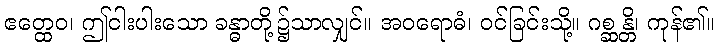
ဧတ္ထေဝ၊ ဤငါးပါးသော ခန္ဓာတို့၌သာလျှင်။ အဝရောဓံ၊ ဝင်ခြင်းသို့။ ဂစ္ဆန္တိ၊ ကုန်၏။